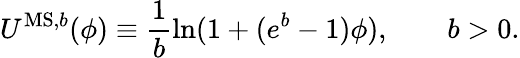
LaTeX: U^{\mathrm{MS,}b}(\phi)\equiv\frac{1}{b}\mathrm{ln}(1+(e^{b}-1)\phi),\qquad b>0.